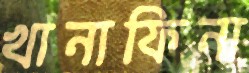
খানাফিনা